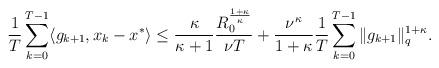
LaTeX: \begin{align*} \frac1T \sum \limits_{k=0}^{T-1} \langle g_{k+1}, x_k -x^* \rangle \leq \frac{\kappa}{\kappa +1} \frac{R_{0}^{\frac{1+\kappa}{\kappa}} }{\nu T} + \frac{\nu^{\kappa}}{1+\kappa} \frac{1}{T} \sum \limits_{k=0}^{T-1} \|g_{k+1}\|^{1+\kappa}_q.\end{align*}